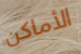
الأماكن